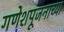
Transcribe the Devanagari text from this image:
गणेशपूजनाच्या